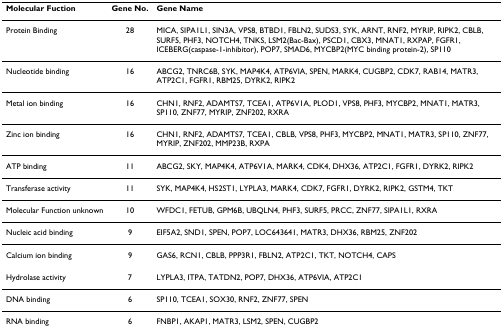
| Molecular Fuction | Gene No. | Gene Name |
 | --- | --- | --- |
 | Protein Binding | 28 | MICA, SIPA1L1, SIN3A, VPS8, BTBD1, FBLN2, SUDS3, SYK, ARNT, RNF2, MYRIP, RIPK2, CBLB, SURF5, PHF3, NOTCH4, TNKS, LSM2(Bac-Bax), PSCD1, CBX3, MNAT1, RXPAP, FGFR1, ICEBERG(caspase-1-inhibitor), POP7, SMAD6, MYCBP2(MYC binding protein-2), SP110 |
 | Nucleotide binding | 16 | ABCG2, TNRC6B, SYK, MAP4K4, ATP6VIA, SPEN, MARK4, CUGBP2, CDK7, RAB14, MATR3, ATP2C1, FGFR1, RBM25, DYRK2, RIPK2 |
 | Metal ion binding | 16 | CHN1, RNF2, ADAMTS7, TCEA1, ATP6V1A, PLOD1, VPS8, PHF3, MYCBP2, MNAT1, MATR3, SP110, ZNF77, MYRIP, ZNF202, RXRA |
 | Zinc ion binding | 16 | CHN1, RNF2, ADAMTS7, TCEA1, CBLB, VPS8, PHF3, MYCBP2, MNAT1, MATR3, SP110, ZNF77, MYRIP, ZNF202, MMP23B, RXPA |
 | ATP binding | 11 | ABCG2, SKY, MAP4K4, ATP6V1A, MARK4, CDK4, DHX36, ATP2C1, FGFR1, DYRK2, RIPK2 |
 | Transferase activity | 11 | SYK, MAP4K4, HS2ST1, LYPLA3, MARK4, CDK7, FGFR1, DYRK2, RIPK2, GSTM4, TKT |
 | Molecular Function unknown | 10 | WFDC1, FETUB, GPM6B, UBQLN4, PHF3, SURF5, PRCC, ZNF77, SIPA1L1, RXRA |
 | Nucleic acid binding | 9 | EIF5A2, SND1, SPEN, POP7, LOC643641, MATR3, DHX36, RBM25, ZNF202 |
 | Calcium ion binding | 9 | GAS6, RCN1, CBLB, PPP3R1, FBLN2, ATP2C1, TKT, NOTCH4, CAPS |
 | Hydrolase activity | 7 | LYPLA3, ITPA, TATDN2, POP7, DHX36, ATP6VIA, ATP2C1 |
 | DNA binding | 6 | SP110, TCEA1, SOX30, RNF2, ZNF77, SPEN |
 | RNA binding | 6 | FNBP1, AKAP1, MATR3, LSM2, SPEN, CUGBP2 |